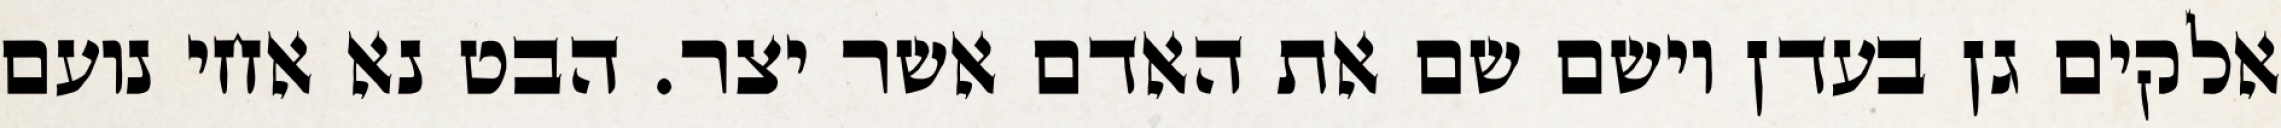
אלקים גן בעדן וישם שם את האדם אשר יצר. הבט נא אחי נועם